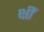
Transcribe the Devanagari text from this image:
क्षीं